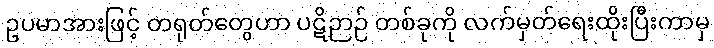
ဥပမာအားဖြင့် တရုတ်တွေဟာ ပဋိဉာဉ် တစ်ခုကို လက်မှတ်ရေးထိုးပြီးကာမှ